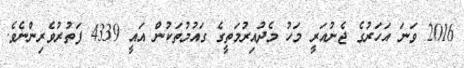
2016 ވަނަ އަހަރުގެ ޖެނުއަރީ މަހު މެދުއިރުމަތީގެ ގައުމުތަކުން އައީ 4339 ފަތުރުވެރިންނެވެ.